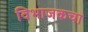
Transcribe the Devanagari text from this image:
विभाजकचा